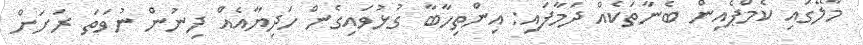
މާލޭގައި ކެމްޕެއިން ބެނާތަކެއް ދަމާފައި: އިންތިހާބާ ގުޅުވައިގެން ހަދިޔާއެއް ދިނުން ނުވަތަ ރަށަށް